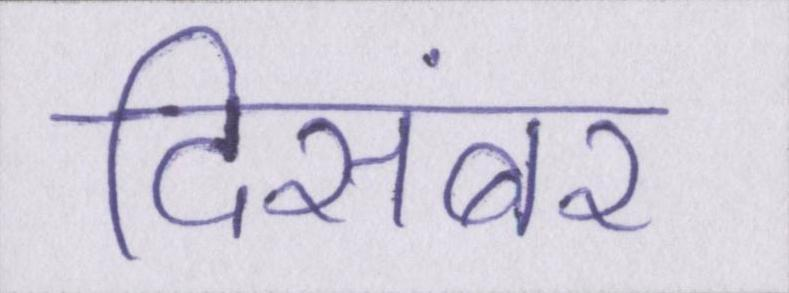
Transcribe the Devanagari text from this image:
दिसंबर